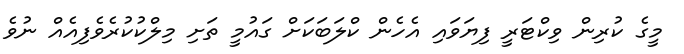
މީގެ ކުރިން ވިކްޓަރީ ފިޔަވައި އެހެން ކްލަބަކަށް ގައުމީ ތަށި މިލްކުކުރެވެފިއެއް ނުވެ